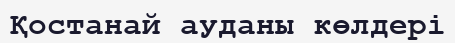
Қостанай ауданы көлдері